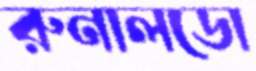
রুনালডো